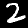
Label: 2